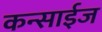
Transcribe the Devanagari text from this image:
कन्साईज